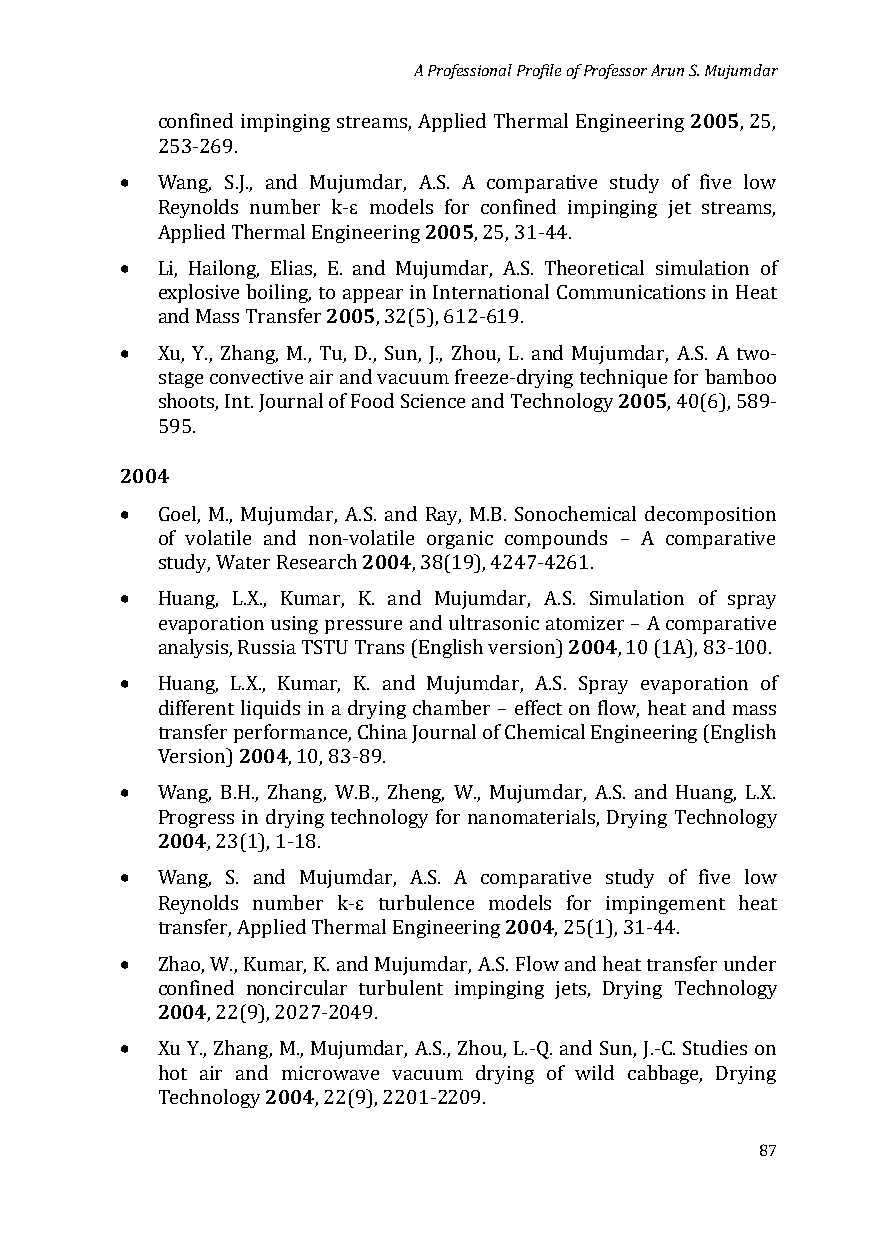
A Professional Profile of Professor Arun S. Mujumdar
 2005
 confined impinging streams, Applied Thermal Engineering , 25,
 •
 253-269.
 ε
 Wang, S.J., and Mujumdar, A2.S0.0 5A comparative study of five low
 Reynolds number k- models for confined impinging jet streams,
 •
 Applied Thermal Engineering , 25, 31-44.
 Li, Hailong, Elias, 2E0. 0a5nd Mujumdar, A.S. Theoretical simulation of
 explosive boiling, to appear in International Communications in Heat
 •
 and Mass Transfer , 32(5), 612-619.
 Xu, Y., Zhang, M., Tu, D., Sun, J., Zhou, L. and Mujum20d0a5r, A.S. A two-
 stage convective air and vacuum freeze-drying technique for bamboo
 shoots, Int. Journal of Food Science and Technology , 40(6), 589-
 2004595.
 •
 Goel, M., Mujumdar, A.2S.0 a0n4d Ray, M.B. Sonochemical decomposition
 of volatile and non-volatile organic compounds – A comparative
 •
 study, Water Research , 38(19), 4247-4261.
 Huang, L.X., Kumar, K. and Mujumdar, A.S2. 0S0im4ulation of spray
 evaporation using pressure and ultrasonic atomizer – A comparative
 •
 analysis, Russia TSTU Trans (English version) , 10 (1A), 83-100.
 Huang, L.X., Kumar, K. and Mujumdar, A.S. Spray evaporation of
 different 2li0q0ui4ds in a drying chamber – effect on flow, heat and mass
 transfer performance, China Journal of Chemical Engineering (English
 •
 Version) , 10, 83-89.
 W20a0n4g, B.H., Zhang, W.B., Zheng, W., Mujumdar, A.S. and Huang, L.X.
 Progress in drying technology for nanomaterials, Drying Technology
 •
 , 23(1), 1-18.
 ε
 Wang, S. and Mujumdar, A.S. A com20p0ar4ative study of five low
 Reynolds number k- turbulence models for impingement heat
 •
 transfer, Applied Thermal Engineering , 25(1), 31-44.
 Z2h0a0o4, W., Kumar, K. and Mujumdar, A.S. Flow and heat transfer under
 confined noncircular turbulent impinging jets, Drying Technology
 •
 , 22(9), 2027-2049.
 Xu Y., Zhang2, 0M0.,4 Mujumdar, A.S., Zhou, L.-Q. and Sun, J.-C. Studies on
 hot air and microwave vacuum drying of wild cabbage, Drying
 Technology , 22(9), 2201-2209.
 87